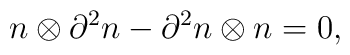
n\otimes\partial^2 n-\partial^2 n\otimes n=0,